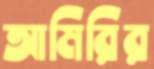
আমিরির